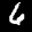
Label: 6